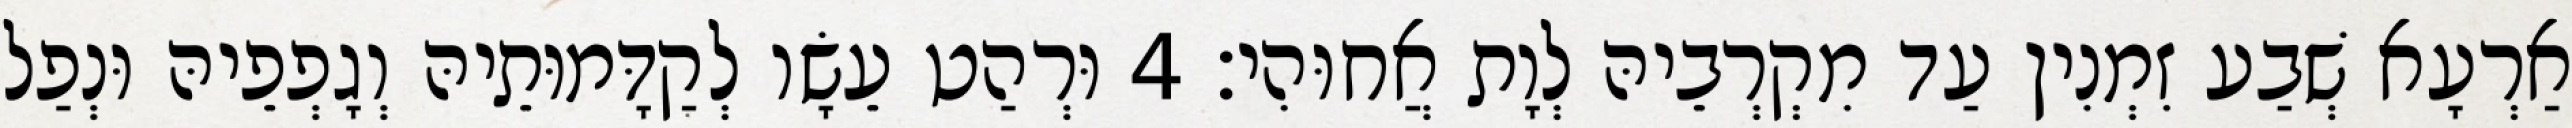
אַרְעָא שְׁבַע זִמְנִין עַד מִקְרְבֵיהּ לְוָת אֲחוּהִי׃ 4 וּרְהַט עֵשָׂו לְקַדָּמוּתֵיהּ וְגָפְפֵיהּ וּנְפַל